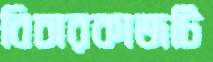
বিচারকাজটি